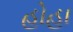
હોહા